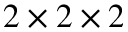
2 \times 2 \times 2